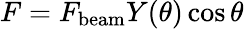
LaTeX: F=F_{\mathrm{beam}}Y(\theta)\cos\theta